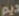
ديم